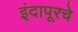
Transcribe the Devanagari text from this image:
इंदापूरचे